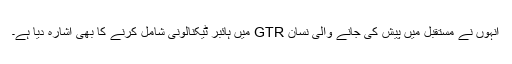
انہوں نے مستقبل میں پیش کی جانے والی نسان GTR میں ہائبر ٹیکنالونی شامل کرنے کا بھی اشارہ دیا ہے۔